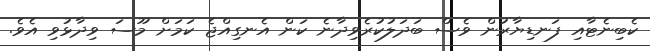
ކެބިނެޓާއި ފަނޑިޔާރުން ވެސް ބަދަލުކުރެވިދާނެ ކަން އެނގިއްޖެ ކަމަށް މޫސަ ވިދާޅުވި އެވެ.